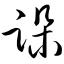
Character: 跺